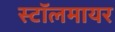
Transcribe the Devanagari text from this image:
स्टॉलमायर